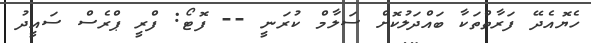
ހެޔޮއެދޭ ފަރާތްތަކާ ބައްދަލުކޮށް ސަލާމް ކުރަނީ -- ފޮޓޯ: ފްރީ ޕްރެސް ސައީދު